Black-water fever - Number 35
Disease focus: Fever
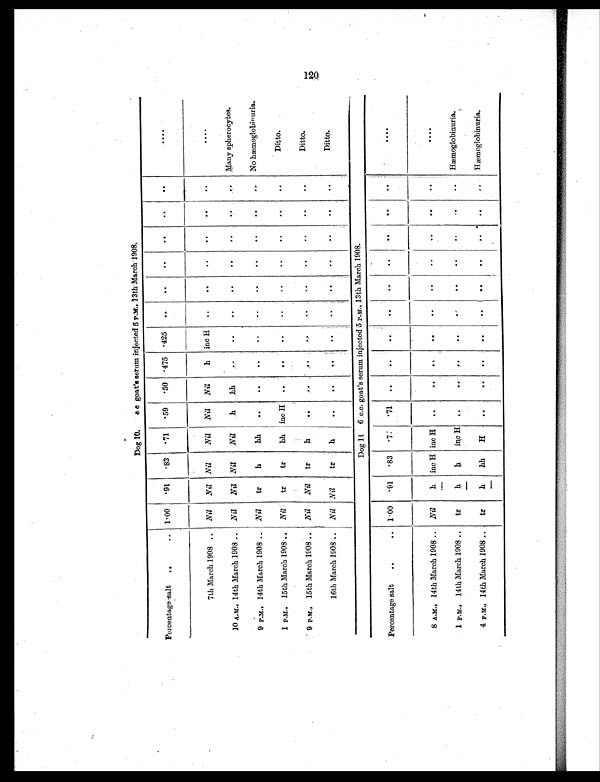
Dog 10. c. c goat's serum injected 5 P.M., 13th March 1908.
Percentage-salt . .
.. 1.00
.91
.83
.71
.59
.50 .475 .425
..
..
. .
. .
. .
. .
. . . .
7th March 1908
. .
Nil
Nil Nil
Nil
Nil Nil
h inc H ..
. .
. .
..
. .
. .
. . . .
10 A.M., 14th March 1908 .. Nil
Nil Nil
Nil
h
hh
. . ..
. .
. .
. .
. .
. .
..
Many spherocytes.
9 P.M., 14th March 1908 .. Nil
tr
h
hh ..
. .
. . ..
. .
. .
. .
. .
. .
. . No hæmoglobinuria.
1 P.M., 15th March 1908 .. Nil
tr
tr
hh inc H ..
. .
..
. .
..
..
..
..
..
Ditto.
9 P.M., 15th March 1908 .. Nil
Nil
tr
h ..
. .
. . ..
. .
. .
. .
. .
. .
. .
Ditto.
16th March 1908 .. Nil Nil
tr
h ..
. .
. .
..
. .
. .
. .
. .
. .
. .
Ditto.
Dog 11 6 c.c. goat's serum injected 5 P.M., 13th March 1908.
Percentage salt
. .
.. 1.00
. 9 1
. 8 3 .77
. 7 1 ..
..
. .
..
. .
. .
..
..
. .
. . . .
8 A.M., 14th March 1908
. .
Nil
h inc H inc H ..
..
. .
..
. .
. .
. .
. .
. .
. .
. . . .
—
1 P.M., 14th March 1908 ..
tr
h
h
inc H ..
. .
. .
. .
. .
. .
. .
. .
. .
. . Hæmoglobinuria.
—
4 P.M., 14th March 1908
. . tr
h
hh
H
..
..
. .
. .
. .
. .
. .
. .
. .
..
Hæmoglobinuria.
—